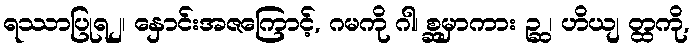
ရဿာပြုရ၂၊ နှောင်းအဇကြောင့်, ဂမကို ဂါ၊ စ္ဆမှာကား ဉ္ဆ ၊ ဟိယျ တ္ထကို,